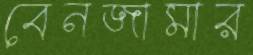
বেনজামার